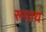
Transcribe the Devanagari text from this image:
रूपाय